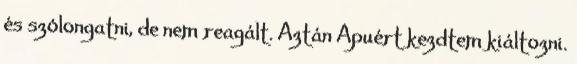
és szólongatni, de nem reagált. Aztán Apuért kezdtem kiáltozni.